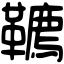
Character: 韀